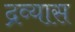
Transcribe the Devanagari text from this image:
द्रव्यास